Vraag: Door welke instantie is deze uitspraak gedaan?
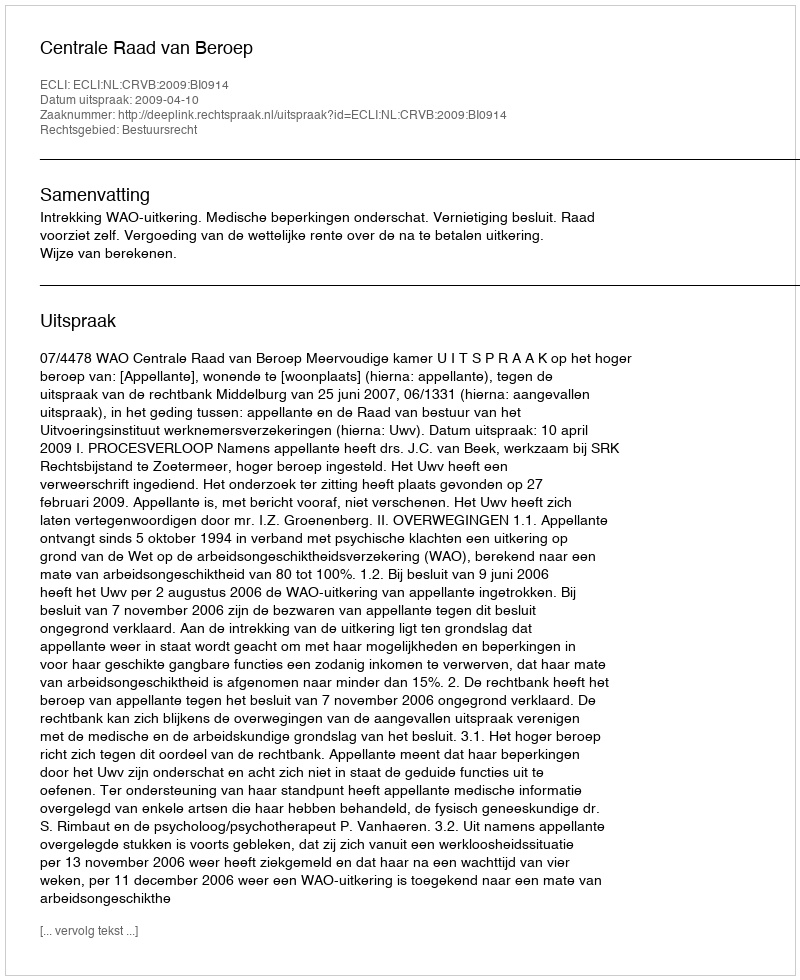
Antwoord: Centrale Raad van Beroep